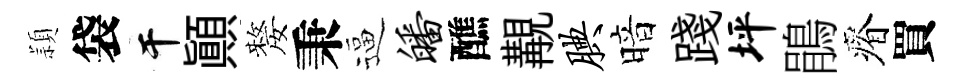
頴袋干顚嫠秉逼皤醮覯腆暗踐坪鵑瘠買